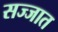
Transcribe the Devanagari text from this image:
सज्जात